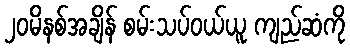
၂၀မိနစ်အချိန် စမ်းသပ်ဝယ်ယူ ကျည်ဆံကို